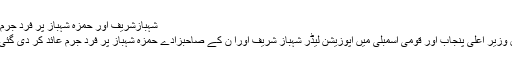
شہبازشریف اور حمزہ شہباز پر فرد جُرم عائد
سابق وزیر اعلیٰ پنجاب اور قومی اسمبلی میں اپوزیشن لیڈر شہباز شریف اورا ن کے صاحبزادے حمزہ شہباز پر فرد جرم عائد کر دی گئی ہے۔